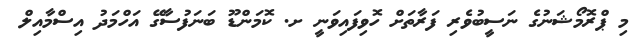
މި ޕްރޮމޯޝަނުގެ ނަސީބުވެރި ފަރާތަށް ހޮވިފައިވަނީ ށ. ކޮމަންޑޫ ބަނަފުސާގޭ އަހްމަދު އިސްމާއިލް